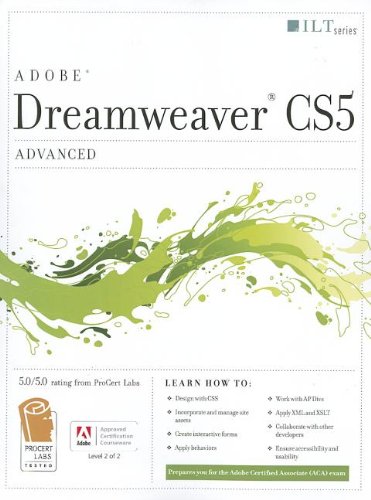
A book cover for Dreamweaver Cs5: Advanced, Aca Edition + Certblaster (ILT); Computers & Technology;